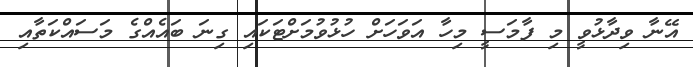
އޭނާ ވިދާޅުވީ މި ފާމަސީ މިހާ އަވަހަށް ހުޅުވުމަށްޓަކައި ގިނަ ބައެއްގެ މަސައްކަތާއި